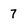
Character: 7